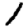
Digit: 1